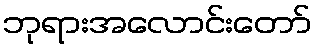
ဘုရားအလောင်းတော်